[Report on the health of British troops in the Madras command]
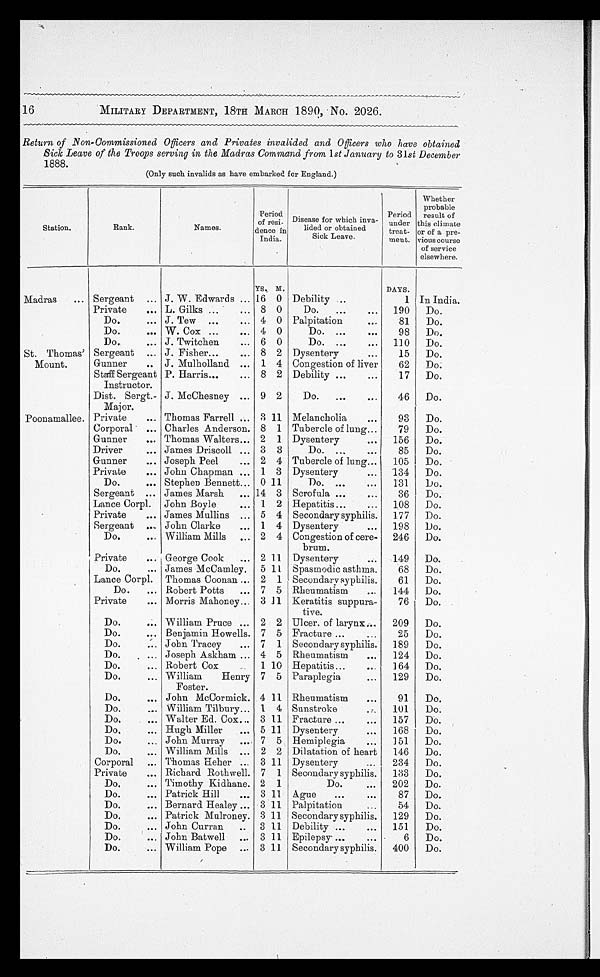
MILITARY DEPARTMENT, 18TH MARCH 1890, No. 2026.
Return of Non-Commissioned Officers and Privates invalided and Officers who have obtained
Sick Leave of the Troops serving in the Madras Command from 1st January to 31st December
1888.
(Only such invalids as have embarked for England.)
Station.
Rank.
Names.
Period
of resi-
dence in
India.
Disease for which inva-
lided or obtained
Sick Leave.
Period
under
treat-
ment.
Whether
probable
result of
this climate
or of a pre
-
vious course
of service
elsewhere.
YS. M.
DAYS.
Madras
Sergeant
J. W. Edwards
16 0 Debility
1 In India.
Private
L. Gilks
8 0
Do.
190
Do.
Do.
J. Tew
4 0 Palpitation
81
Do.
Do.
W. Cox
4 0
Do.
98
Do.
Do.
J. Twitchen
6 0
Do.
110
Do.
St. Thomas'
Mount.
Sergeant
J. Fisher
8 2 Dysentery
15
Do.
Gunner
J. Mulholland
1 4 Congestion of liver
62
Do.
Staff Sergeant
Instructor.
P. Harris
8 2 Debility
17
Do.
Dist. Sergt.-
Major.
J. McChesney
9 2
D o .
46
Do.
Poonamallee. Private
Thomas Farrell
3 11 Melancholia
93
Do.
Corporal
Charles Anderson. 8 1 Tubercle of lung
79
Do.
Gunner
Thomas Walters
2 1 Dysentery
156
Do.
Driver
James Driscoll
3 3
Do.
85
Do.
Gunner
Joseph Peel
2 4 Tubercle of lung
105
Do.
Private
John Chapman
1 3 Dysentery
134
Do.
Do.
Stephen Bennett
0 11
Do.
131
Do.
Sergeant
James Marsh
14 3 Scrofula
36
Do.
Lance Corpl. John Boyle
1 2 Hepatitis
108
Do.
Private
James Mullins
5 4 Secondary syphilis.
177
Do.
Sergeant
John Clarke
1 4 Dysentery
198
Do.
Do.
William Mills
2 4 Congestion of cere-
brum.
246
Do.
Private
George Cook
2 11 Dysentery
149
Do.
Do.
James McCamley. 5 11 Spasmodic asthma.
68
Do.
Lance Corpl. Thomas Coonan
2 1 Secondary syphilis.
61
Do.
Do.
Robert Potts
7 5 Rheumatism
144
Do.
Private
Morris Mahoney
3 11 Keratitis suppura-
tive.
76
Do.
Do.
William Pruce
2 2 Ulcer. of larynx
209
Do.
Do.
Benjamin Howells. 7 5 Fracture
25
Do.
Do.
John Tracey
7 1 Secondary syphilis.
189
Do.
Do.
Joseph Askham
4 5 Rheumatism
124
Do.
Do.
Robert Cox
1 10 Hepatitis
164
Do.
Do.
William
Henry
Foster.
7 5 Paraplegia
129
Do.
Do.
John McCormick. 4 11 Rheumatism
91
Do.
Do.
William Tilbury
1 4 Sunstroke
101
Do.
Do.
Walter Ed. Cox
3 11 Fracture
157
Do.
Do.
Hugh Miller
5 11 Dysentery
168
Do.
Do.
John Murray
7 5 Hemiplegia
151
Do.
Do.
William Mills
2 2 Dilatation of heart
146
Do.
Corporal
Thomas Heher
3 11 Dysentery
34
Do.
Private
Richard Rothwell. 7 1 Secondary syphilis.
133
Do.
Do.
Timothy Kidhane. 2 1
Do.
202
Do.
Do.
Patrick Hill
3 11 Ague
87
Do.
Do.
Bernard Healey
3 11 Palpitation
54
Do.
Do.
Patrick Mulroney. 3 11 Secondary syphilis.
129
Do.
Do.
John Curran
3 11 Debility
151
Do.
Do.
John Batwell
3 11 Epilepsy
6
Do.
Do.
William Pope
3 11 Secondary syphilis.
400
Do.
16